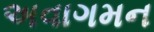
અવાગમન